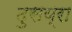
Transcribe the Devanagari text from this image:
दुसय्रा